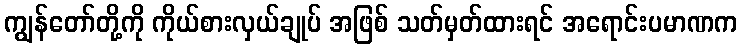
ကျွန်တော်တို့ကို ကိုယ်စားလှယ်ချုပ် အဖြစ် သတ်မှတ်ထားရင် အရောင်းပမာဏက